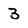
Character: 3